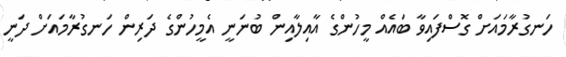
ހަނގުރާމައަށް ގޮސްފައިވާ ބައެއް މީހުންގެ އާއިލާއިން ބުނަނީ އެމީހުންގެ ދަރިން ހަނގުރާމައަށް ދަނީ